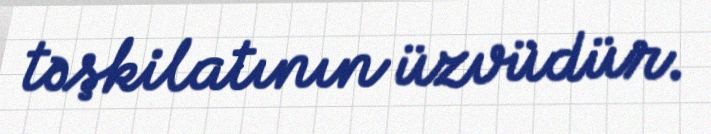
təşkilatının üzvüdür.